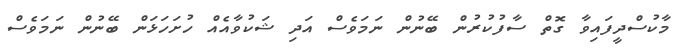
މާކުސްދީފައިވާ ގޮތް ސާފުކުރުން ބޭނުން ނަމަވެސް އަދި ޝަކުވާއެއް ހުށަހަޅަން ބޭނުން ނަމަވެސް